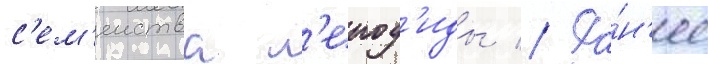
с'ем'еиства л'еиод'иды // Ра́н'ее